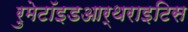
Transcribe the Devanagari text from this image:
रुमेटॉइडआर्थराइटिस